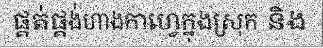
ផ្គត់ផ្គង់ហាងកាហ្វេក្នុងស្រុក និង